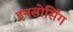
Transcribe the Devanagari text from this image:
इनसोर्सिंग